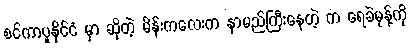
စင်ကာပူနိုင်ငံ မှာ ဆိုတဲ့ မိန်းကလေးက နာမည်ကြီးနေတဲ့ က ရေခဲမုန့်ကို